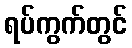
ရပ်ကွက်တွင်